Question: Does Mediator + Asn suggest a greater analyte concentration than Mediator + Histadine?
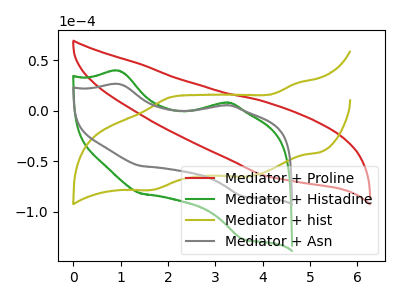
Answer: <think>The red curve "Mediator + Proline" has no peaks. The green curve "Mediator + Histadine" has anodic peaks at (0.95V, 39.40uA) (3.15V, 7.80uA) and cathodic peaks at (1.45V, -82.20uA) (3.60V, -127.35uA). The olive curve "Mediator + hist" has anodic peaks at (4.70V, 26.95uA) (2.05V, 13.15uA) and cathodic peaks at (3.65V, -65.40uA) (1.65V, -78.50uA). The gray curve "Mediator + Asn" has anodic peaks at (0.95V, 26.30uA) (3.15V, 5.20uA) and cathodic peaks at (1.45V, -54.85uA) (3.60V, -85.05uA).
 All the peaks in "Mediator + Asn" have a peak in "Mediator + Histadine" at the same potential. Every peak in "Mediator + Asn" is lower than every peak in "Mediator + Histadine".</think>
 <answer>"Mediator + Asn" has less signal than "Mediator + Histadine".</answer>
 <eval>less_signal</eval>